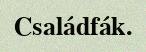
Családfák.